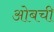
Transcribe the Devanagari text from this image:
ओबची